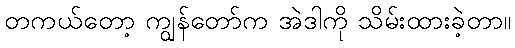
တကယ်တော့ ကျွန်တော်က အဲဒါကို သိမ်းထားခဲ့တာ။